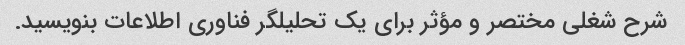
شرح شغلی مختصر و مؤثر برای یک تحلیلگر فناوری اطلاعات بنویسید.